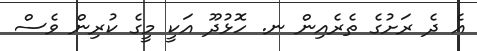
އެ ދެ ރަށުގެ ތެރެއިން ނ. ހޮޅުދޫ އަކީ މީގެ ކުރިން ވެސް